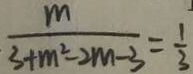
\frac { m } { 3 + m ^ { 2 } - 2 m - 3 } = \frac { 1 } { 3 }